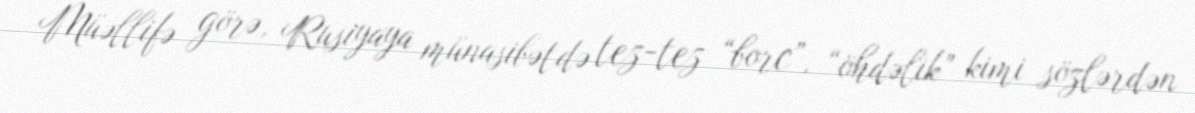
Müəllifə görə, Rusiyaya münasibətdə tez-tez “borc”, “öhdəlik” kimi sözlərdən